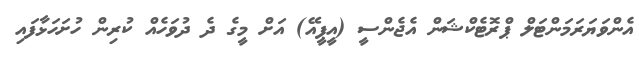
އެންވަޔަރަމަންޓަލް ޕްރޮޓެކްޝަން އެޖެންސީ (އީޕީއޭ) އަށް މީގެ ދެ ދުވަހެއް ކުރިން ހުށަހަޅާފައި